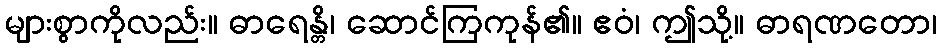
များစွာကိုလည်း။ ဓာရေန္တိ၊ ဆောင်ကြကုန်၏။ ဧဝံ၊ ဤသို့။ ဓာရဏတော၊